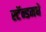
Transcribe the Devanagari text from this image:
स्टॅन्डमधे